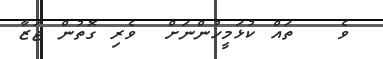
ވެ   ތައް ކުޅަމީހުންނަށް  ވެރި ގޮތުން ޖަޒާ